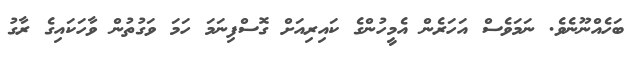
ބަހެއްނޫނެވެ. ނަމަވެސް އަހަރެން އެމީހުންގެ ކައިރިއަށް ގޮސްފިނަމަ ހަމަ ވަގުތުން ވާހަކައިގެ ރާގު